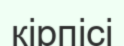
кірпісі